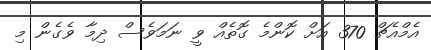
އެމްއެޗް 370 އަށް ކޮންމެ ގޮތެއް ވީ ނަމަވެސް ދިމާ ވެގެން މި